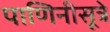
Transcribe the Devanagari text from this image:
पाणिनीसूत्रे